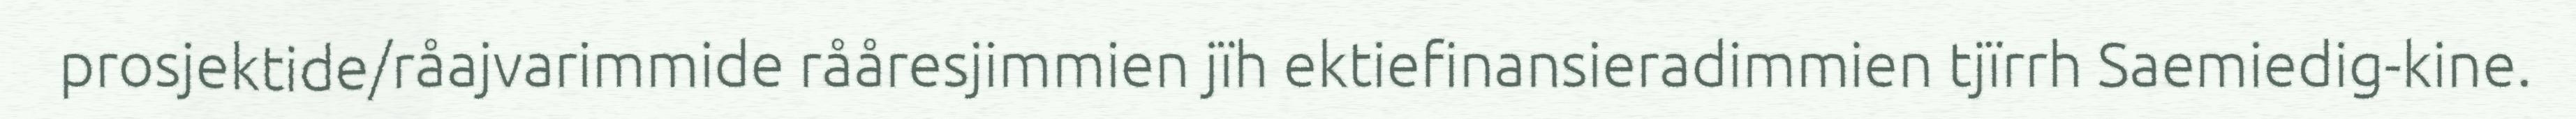
prosjektide/råajvarimmide rååresjimmien jïh ektiefinansieradimmien tjïrrh Saemiedig-kine.